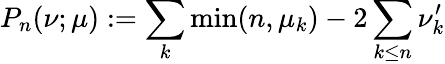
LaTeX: P_{n}(\nu;\mu):=\sum_{k}\operatorname*{min}(n,\mu_{k})-2\sum_{k\le n}\nu_{k}^{\prime}